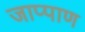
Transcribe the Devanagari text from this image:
जाप्पाण